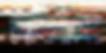
চরবাসীদের